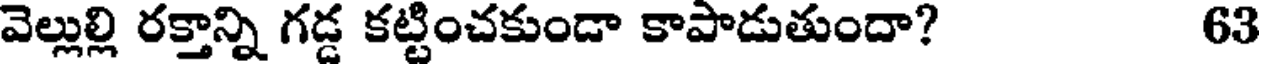
వెల్లుల్లి రక్తాన్ని గడ్డ కట్టించకుండా కాపాడుతుందా? 63